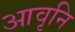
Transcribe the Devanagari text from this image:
आवृनि